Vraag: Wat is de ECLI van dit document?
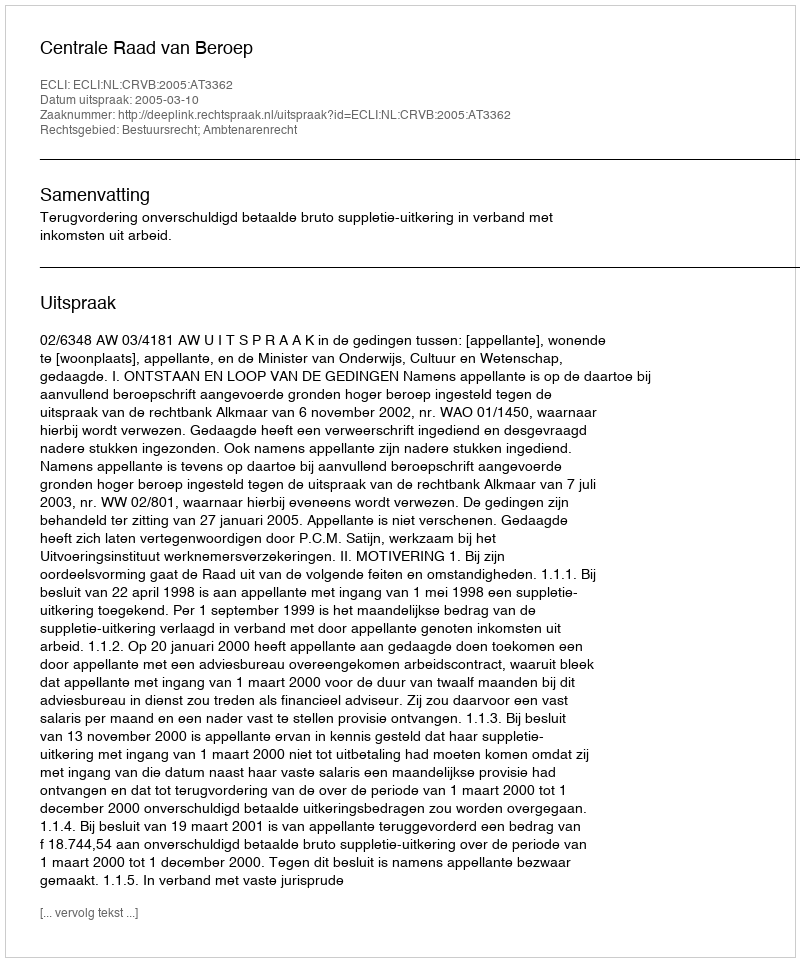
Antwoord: ECLI:NL:CRVB:2005:AT3362